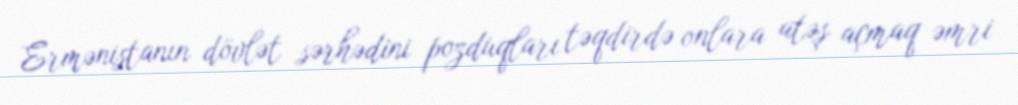
Ermənistanın dövlət sərhədini pozduqları təqdirdə onlara atəş açmaq əmri